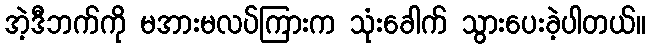
အဲ့ဒီဘက်ကို မအားမလပ်ကြားက သုံးခေါက် သွားပေးခဲ့ပါတယ်။